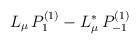
LaTeX: \begin{align*}L_{\mu} \, P_{1}^{(1)} - L_{\mu}^* \, P_{-1}^{(1)}\end{align*}